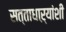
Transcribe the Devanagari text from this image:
सत्ताधाऱ्यांशी